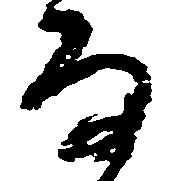
な